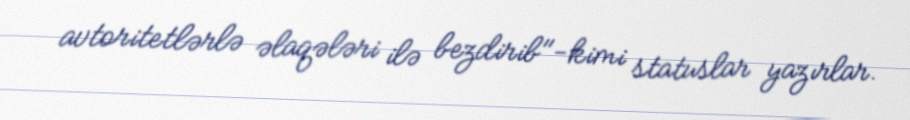
avtoritetlərlə əlaqələri ilə bezdirib"-kimi statuslar yazırlar.